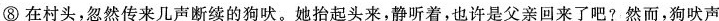
⑧在村头，忽然传来几声断续的狗吠。迫抬起头来，静听着，也许是父亲回来了吧?然而，狗吠声